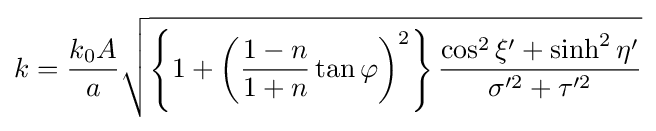
k={\frac {k_{0}A}{a}}{\sqrt {\left\{1+\left({\frac {1-n}{1+n}}\tan \varphi \right)^{2}\right\}{\frac {\cos ^{2}\xi '+\sinh ^{2}\eta '}{\sigma '^{2}+\tau '^{2}}}}}